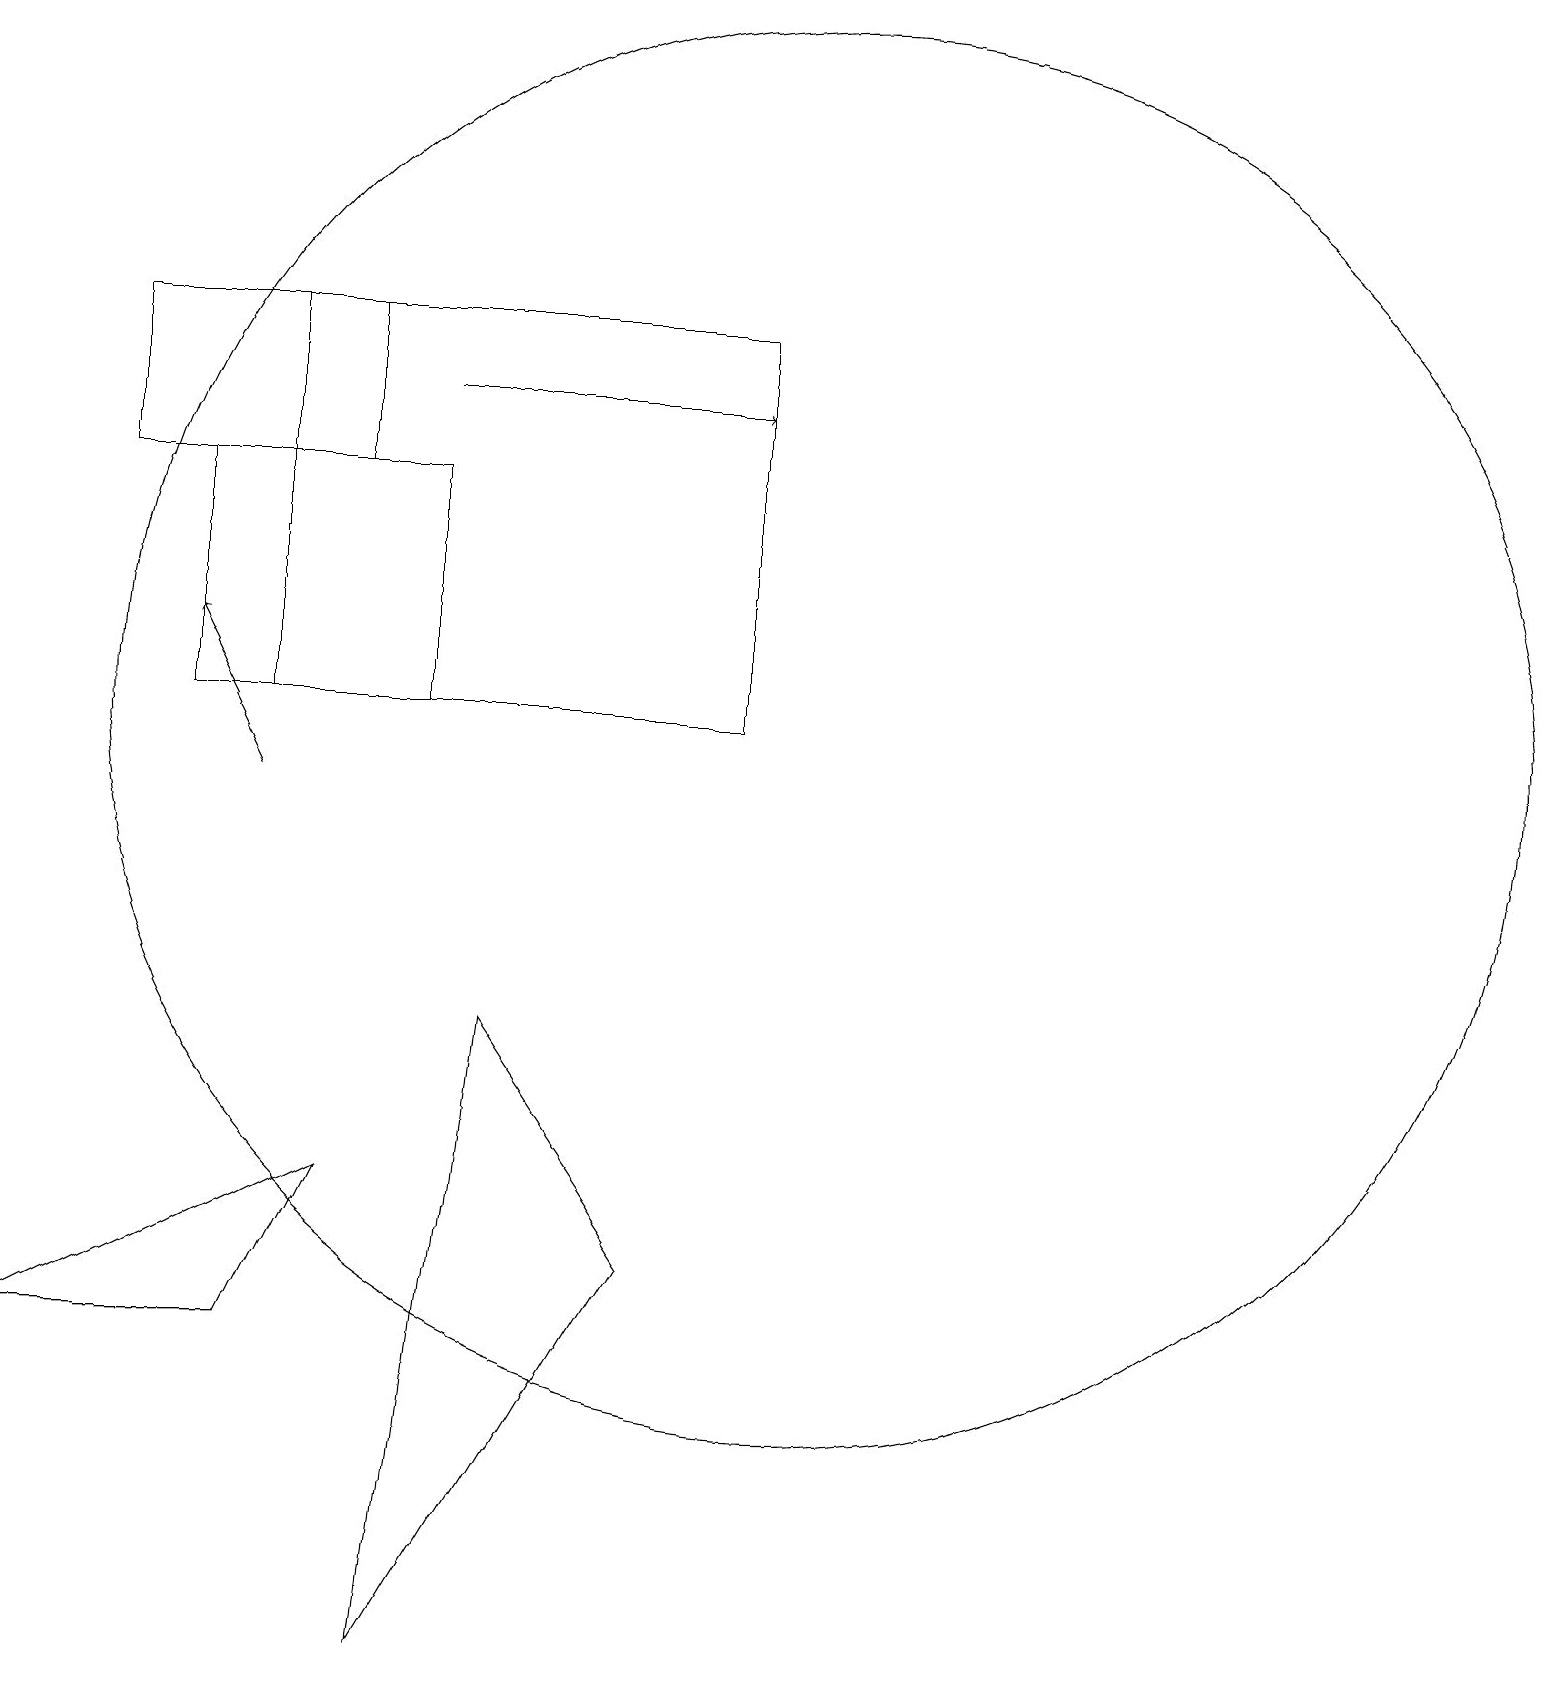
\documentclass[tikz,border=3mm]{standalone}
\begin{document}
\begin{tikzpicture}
\draw (3,17) rectangle (9,12);
\draw[->] (3,11) -- (2,13);
\draw (0,4) -- (3,4) -- (4,6) -- cycle;
\draw (2,15) rectangle (5,12);
\draw[->] (5,16) -- (9,16);
\draw (10,12) circle (9);
\draw (5,0) -- (8,5) -- (6,8) -- cycle;
\draw (4,15) rectangle (1,17);
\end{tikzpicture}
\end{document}